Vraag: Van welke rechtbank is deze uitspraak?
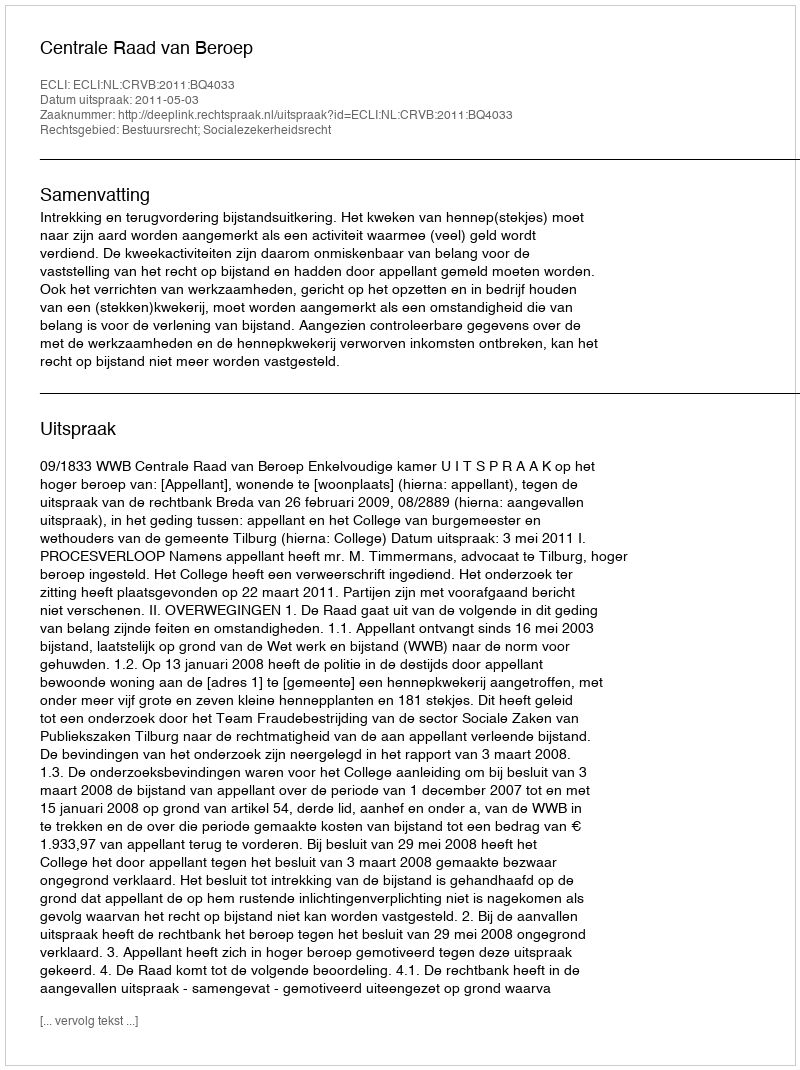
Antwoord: Centrale Raad van Beroep